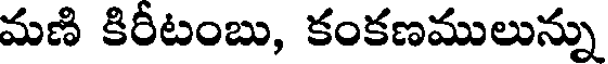
మణి కిరీటంబు, కంకణములున్ను